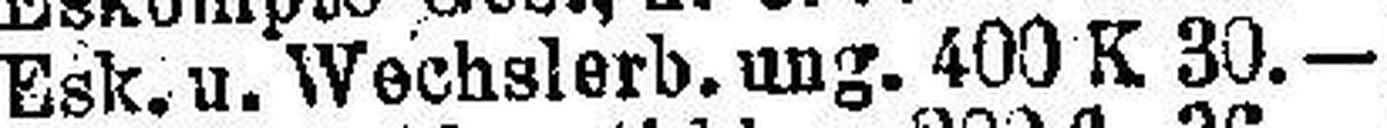
Esk. u. Wechslerb. ung. 400 K 30.—